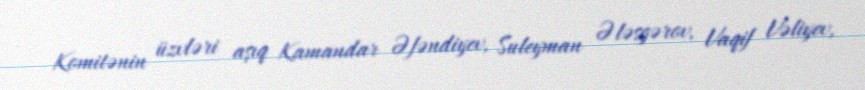
Komitənin üzvləri aşıq Kamandar Əfəndiyev, Suleyman Ələsgərov, Vaqif Vəliyev,